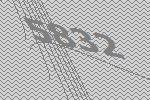
5832